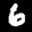
Label: 6